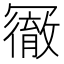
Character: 𠖢